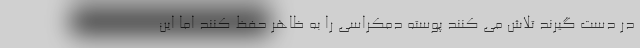
در دست گیرند تلاش می کنند پوسته دمکراسی را به ظاهر حفظ کنند اما این